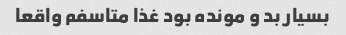
بسیار بد و مونده بود غذا متاسفم واقعا